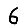
Digit: 6